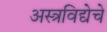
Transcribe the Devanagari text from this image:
अस्त्रविद्येचे